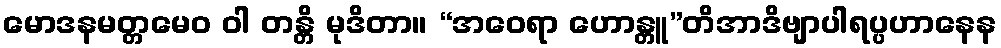
မောဒနမတ္တမေဝ ဝါ တန္တိ မုဒိတာ။ “အဝေရာ ဟောန္တူ”တိအာဒိဗျာပါရပ္ပဟာနေန